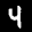
Label: 4